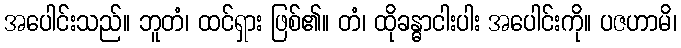
အပေါင်းသည်။ ဘူတံ၊ ထင်ရှား ဖြစ်၏။ တံ၊ ထိုခန္ဓာငါးပါး အပေါင်းကို။ ပဇဟာမိ၊